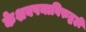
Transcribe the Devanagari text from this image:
केशवपनाविरुद्धही